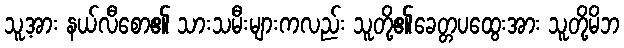
သူ့အား နယ်လီစော၏ သားသမီးများကလည်း သူတို့၏ခေတ္တပထွေးအား သူတို့မိဘ